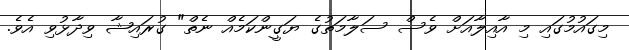
މިގައުމުގައި މި އާއިލާއަށް ވެސް ސަލާމަތުގެ ޔަގީންކަމެއް ނެތް" ގުރައިޝާ ވިދާޅުވި އެވެ.